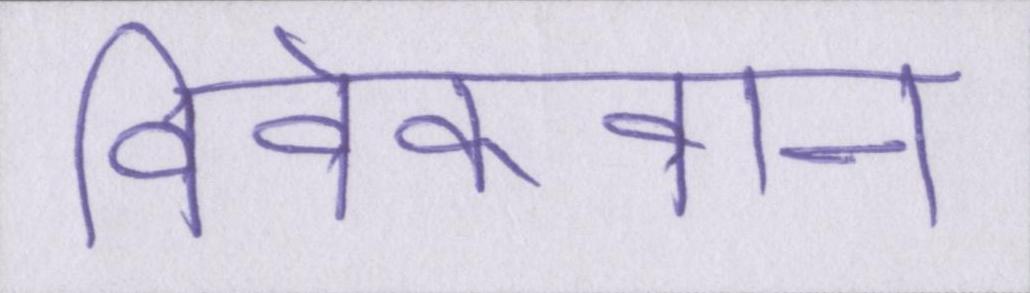
विवेकवान